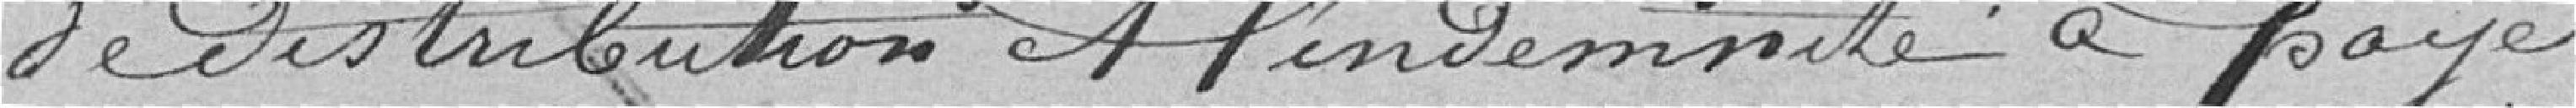
de distribution et l'indemnité à payer.